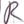
Text: R